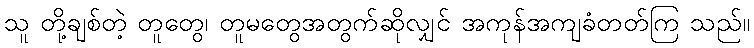
သူ တို့ချစ်တဲ့ တူတွေ၊ တူမတွေအတွက်ဆိုလျှင် အကုန်အကျခံတတ်ကြ သည်။